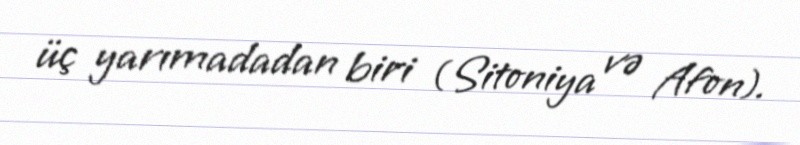
üç yarımadadan biri (Sitoniya və Afon).